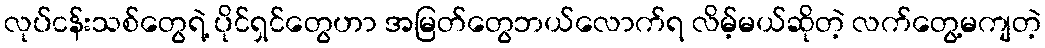
လုပ်ငန်းသစ်တွေရဲ့ ပိုင်ရှင်တွေဟာ အမြတ်တွေဘယ်လောက်ရ လိမ့်မယ်ဆိုတဲ့ လက်တွေ့မကျတဲ့